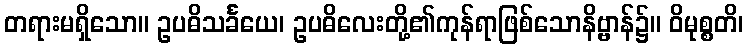
တရားမရှိသော။ ဥပဓိသင်္ခယေ၊ ဥပဓိလေးတို့၏ကုန်ရာဖြစ်သောနိဗ္ဗာန်၌။ ဝိမုစ္စတိ၊